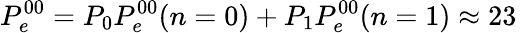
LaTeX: P_{e}^{00}=P_{0}P_{e}^{00}(n=0)+P_{1}P_{e}^{00}(n=1)\approx 23\